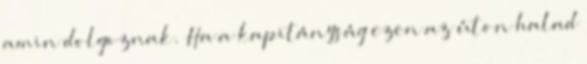
amin dolgoznak. Ha a kapitányság ezen az úton halad